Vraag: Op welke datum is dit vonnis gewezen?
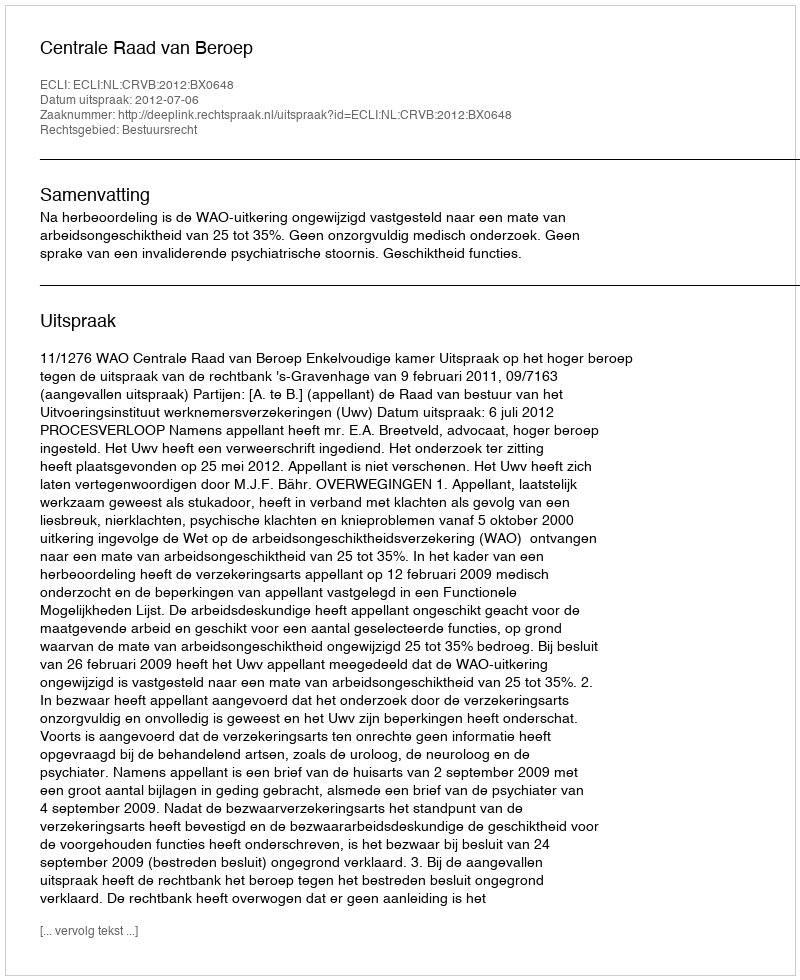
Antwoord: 2012-07-06